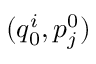
( q _ { 0 } ^ { i } , p _ { j } ^ { 0 } )